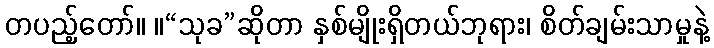
တပည့်တော်။ ။“သုခ”ဆိုတာ နှစ်မျိုးရှိတယ်ဘုရား၊ စိတ်ချမ်းသာမှုနဲ့